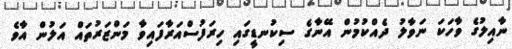
ނާއިލުގެ ވާހަކަ ނަވާލު ދެއްކުމުން އޭނާގެ ސިކުނޑީގައި ހިރަފުސްއަރާފައިވާ މަންޒަރުތައް އަލުން އާވެ